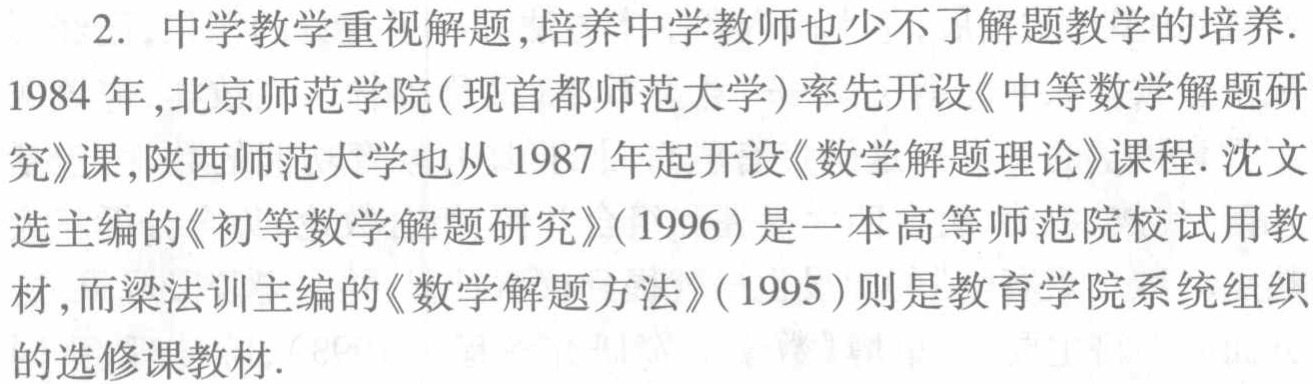
2. 中学教学重视解题,培养中学教师也少不了解题教学的培养.
1984 年,北京师范学院(现首都师范大学)率先开设《中等数学解题研
究》课,陕西师范大学也从 1987 年起开设《数学解题理论》课程. 沈文
选主编的《初等数学解题研究》(1996)是一本高等师范院校试用教
材,而梁法训主编的《数学解题方法》(1995)则是教育学院系统组织
的选修课教材.